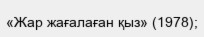
«Жар жағалаған қыз» (1978);